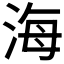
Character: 海